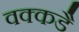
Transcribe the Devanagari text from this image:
वक्कडै